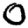
Digit: 0